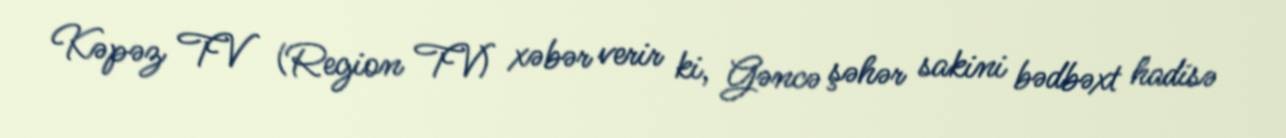
Kəpəz TV (Region TV) xəbər verir ki, Gəncə şəhər sakini bədbəxt hadisə